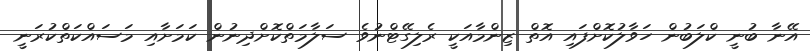
އޭނާ ބުނީ ކްލަބުން ހަވާލުކޮށްފައި އޮތް ޒިންމާއަކީ ރެލިގޭޓްނުވެ ސަލާމަތްކޮށްދިނުން ކަމަށާއި މަސައްކަތްކުރަނީ